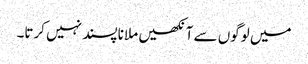
میں لوگوں سے آنکھیں ملانا پسند نہیں کرتا۔